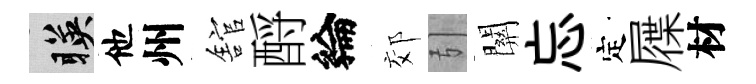
暎他州舘酹綸郊引關忘定屧材